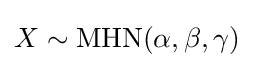
X\sim {\text{MHN}}(\alpha ,\beta ,\gamma )